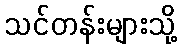
သင်တန်းများသို့